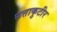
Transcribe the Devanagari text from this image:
छत्ताकुटीर